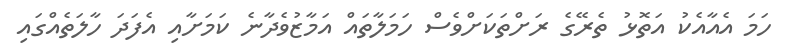
ހަމަ އެއާއެކު އަތޮޅު ތެރޭގެ ރަށްތަކަށްވެސް ހަމަލާތައް އަމާޒުވެދާނެ ކަމަށާއި އެފަދަ ހާލަތެއްގައި